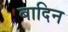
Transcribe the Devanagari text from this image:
बादिन